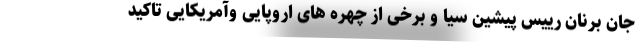
جان برنان رییس پیشین سیا و برخی از چهره های اروپایی وآمریکایی تاکید